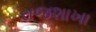
રાજશાખા